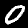
Label: 0